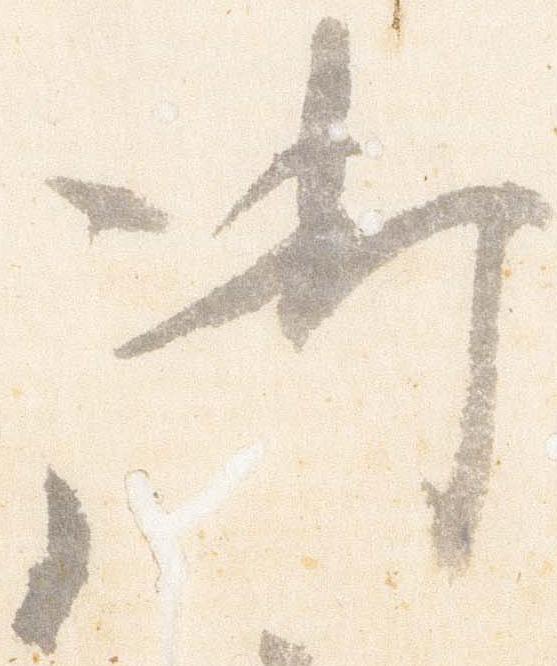
御